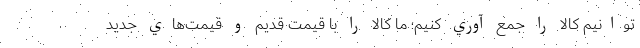
توانيم كالا را جمع آوري كنيم؛ ما كالا را با قيمت قديم و قيمت‌هاي جديد